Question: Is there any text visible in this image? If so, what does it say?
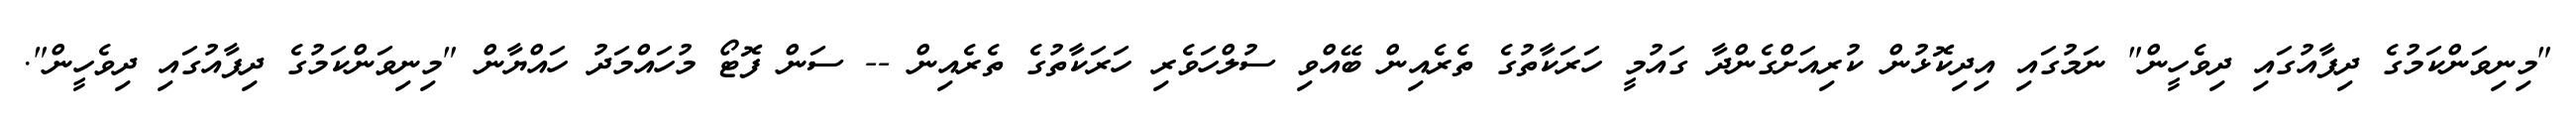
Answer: "މިނިވަންކަމުގެ ދިފާއުގައި ދިވެހީން" ނަމުގައި އިދިކޮޅުން ކުރިއަށްގެންދާ ގައުމީ ހަރަކާތުގެ ތެރެއިން ބޭއްވި ސުލްހަވެރި ހަރަކާތުގެ ތެރެއިން -- ސަން ފޮޓޯ މުހައްމަދު ހައްޔާން "މިނިވަންކަމުގެ ދިފާއުގައި ދިވެހީން".